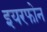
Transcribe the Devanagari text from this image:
इयरफोन